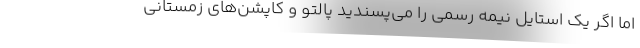
اما اگر یک استایل نیمه رسمی را می‌پسندید پالتو و کاپشن‌های زمستانی